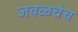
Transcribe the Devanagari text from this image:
जवळचेच